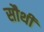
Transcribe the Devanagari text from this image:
सौथी